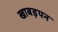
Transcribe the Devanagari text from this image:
खाबड़पन